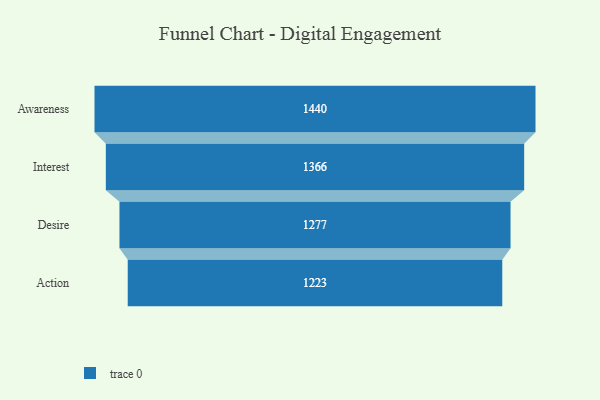
{"axis": {"x": "Stage", "y": "Value"}, "legend": [""], "data": [{"x": "Awareness", "y": 1440.0, "type": ""}, {"x": "Interest", "y": 1366.0, "type": ""}, {"x": "Desire", "y": 1277.0, "type": ""}, {"x": "Action", "y": 1223.0, "type": ""}]}